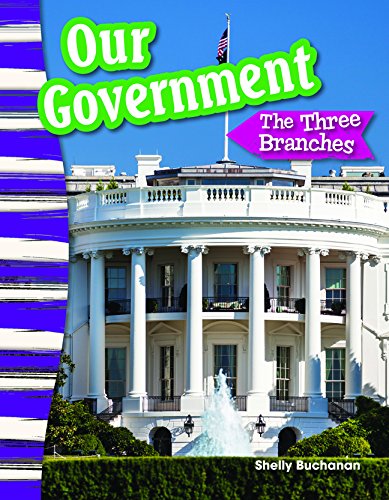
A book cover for Our Government: The Three Branches (Primary Source Readers); Shelly Buchanan; Children's Books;